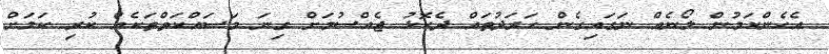
އެެހެންކަމުން ލޯނެއް ނަގައިގެން ހަަރަދުތައް ދެކޮޅު ޖެެއްސުމަށް ގިނަ މަސައްކަތްތަކެއް ކުރި ކަމަށް